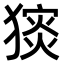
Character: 𤡗